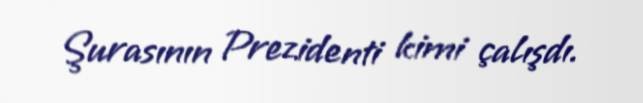
Şurasının Prezidenti kimi çalışdı.